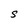
Character: S